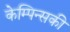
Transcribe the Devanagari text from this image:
केम्पिन्सकी